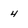
Character: 4